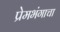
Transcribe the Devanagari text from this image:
प्रेमभंगाचा